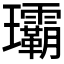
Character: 𤫦